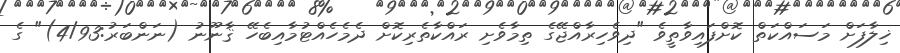
ޚިލާފަށް މަސައްކަތް ކޮށްފައިވާތީވެ "ދިވެހިރާއްޖޭގެ ތިމާވެށި ރައްކާތެރިކޮށް ދެމެހެއްޓުމާއިބެހޭ ޤާނޫނު (ނަންބަރު:4/93)" ގެ